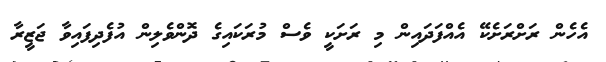
އެހެން ރަށްރަށެކޭ އެއްފަދައިން މި ރަށަކީ ވެސް މުރަކައިގެ ދޮންވެލިން އުފެދިފައިވާ ޖަޒީރާ